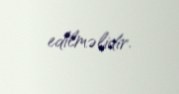
edilməlidir.